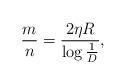
LaTeX: \begin{align*}{m\over n}=\frac{2\eta R}{\log{1\over D}},\end{align*}